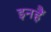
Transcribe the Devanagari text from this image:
इनहैं